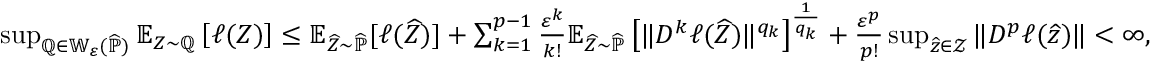
\begin{array} { r } { \operatorname* { s u p } _ { \mathbb Q \in \mathbb W _ { \varepsilon } ( \widehat { \mathbb P } ) } \mathbb E _ { Z \sim \mathbb Q } \left[ \ell ( Z ) \right] \leq \mathbb E _ { \widehat Z \sim \widehat { \mathbb P } } [ \ell ( \widehat Z ) ] + \sum _ { k = 1 } ^ { p - 1 } \frac { \varepsilon ^ { k } } { k ! } \mathbb E _ { \widehat Z \sim \widehat { \mathbb P } } \left[ \| D ^ { k } \ell ( \widehat Z ) \| ^ { q _ { k } } \right] ^ { \frac { 1 } { q _ { k } } } + \frac { \varepsilon ^ { p } } { p ! } \operatorname* { s u p } _ { \widehat z \in \mathcal Z } \| D ^ { p } \ell ( \widehat z ) \| < \infty , } \end{array}